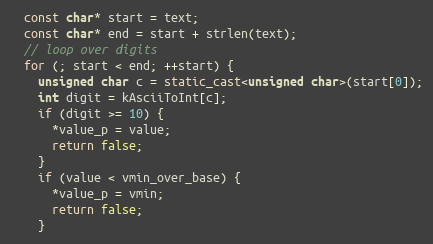
Language: C++
  const char* start = text;
  const char* end = start + strlen(text);
  // loop over digits
  for (; start < end; ++start) {
    unsigned char c = static_cast<unsigned char>(start[0]);
    int digit = kAsciiToInt[c];
    if (digit >= 10) {
      *value_p = value;
      return false;
    }
    if (value < vmin_over_base) {
      *value_p = vmin;
      return false;
    }